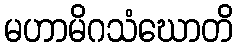
မဟာမိဂသံဃောတိ